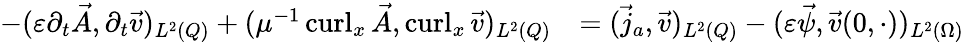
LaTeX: \begin{array}{rl}{-(\varepsilon\partial_{t}\vec{A},\partial_{t}\vec{v})_{L^{2}(Q)}+(\mu^{-1}\operatorname{curl}_{x}\vec{A},\operatorname{curl}_{x}\vec{v})_{L^{2}(Q)}}&{=(\vec{j}_{a},\vec{v})_{L^{2}(Q)}-(\varepsilon\vec{\psi},\vec{v}(0,\cdot))_{L^{2}(\Omega)}}\end{array}